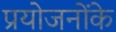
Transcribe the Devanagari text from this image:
प्रयोजनोंके